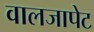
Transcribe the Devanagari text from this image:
वालजापेट